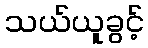
သယ်ယူခွင့်